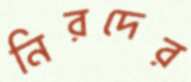
নিরদের